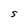
Character: S